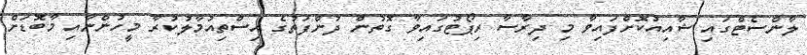
ލާންސެޓްގައި ޝާއިއުކޮށްފައިވާ މި ދިރާސާ ރިޕޯޓުގައިވާ ގޮތުން ދުންފަތުގެ އިސްތިއުމާލުކުރާ މީހުންނާއި މާބޮޑަށް